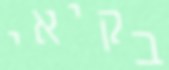
בקיאי